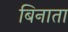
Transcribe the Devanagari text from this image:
बिनाता